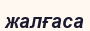
жалғаса